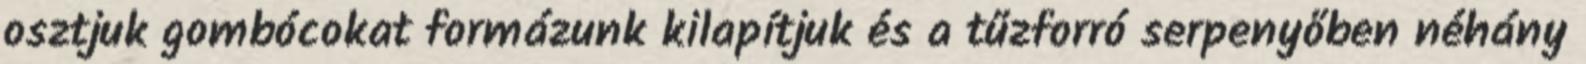
osztjuk gombócokat formázunk kilapítjuk és a tűzforró serpenyőben néhány